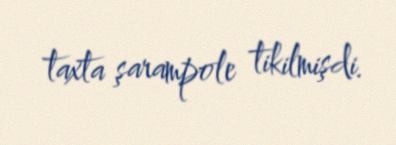
taxta şarampole tikilmişdi.